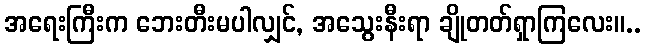
အရေးကြီးက ဘေးတီးမပါလျှင်, အသွေးနီးရာ ချိုတတ်ရှာကြလေး။..